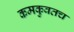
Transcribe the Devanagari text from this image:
कमकुवतच